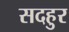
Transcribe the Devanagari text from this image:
सदहुर